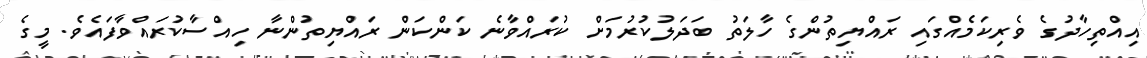
އިއްތިހާދުގެ ވެރިކަމެއްގައި ރައްޔިތުންގެ ހާލަތު ބަދަލުކުރުމަށް ކުރައްވާނެ ކަންކަން ރައްޔިތުންނާ ހިއްސާކުރައްވާފައެވެ. މީގެ